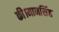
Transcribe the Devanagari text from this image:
की।मानसिंह